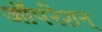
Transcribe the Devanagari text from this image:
ऑपरेशन्